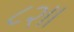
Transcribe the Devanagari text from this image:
८२।।